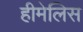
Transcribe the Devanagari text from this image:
हीमेलिस